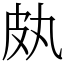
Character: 㿪